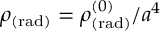
\rho _ { \mathrm { ( r a d ) } } = \rho _ { \mathrm { ( r a d ) } } ^ { ( 0 ) } / a ^ { 4 }